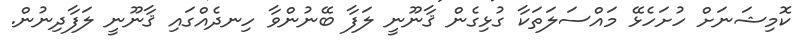
ކޮމިޝަނަށް ހުށަހެޅޭ މައްސަލަތަކާ ގުޅިގެން ޤާނޫނީ ލަފާ ބޭނުންވާ ހިނދެއްގައި ޤާނޫނީ ލަފާދިނުން.